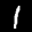
Label: 1